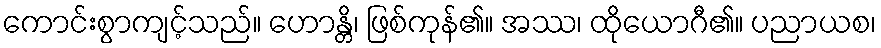
ကောင်းစွာကျင့်သည်။ ဟောန္တိ၊ ဖြစ်ကုန်၏။ အဿ၊ ထိုယောဂီ၏။ ပညာယစ၊